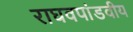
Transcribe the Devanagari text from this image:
राघवपांडवीय